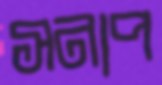
সনাপ